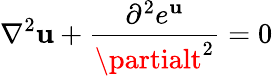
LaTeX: \nabla^{2}\mathbf{u}+{\frac{{\partial^{2}e^{\mathbf{u}}}}{{\partialt^{2}}}}=0